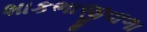
શાકભાજીવાળા